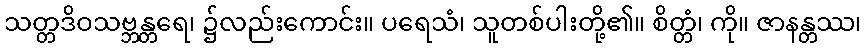
သတ္တဒိဝသဗ္ဘန္တရေ၊ ၌လည်းကောင်း။ ပရေသံ၊ သူတစ်ပါးတို့၏။ စိတ္တံ၊ ကို။ ဇာနန္တဿ၊